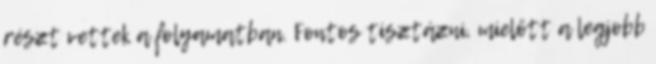
részt vettek a folyamatban. Fontos tisztázni, mielőtt a legjobb